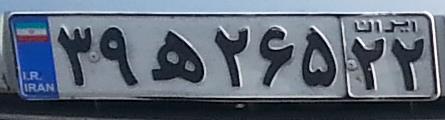
۳۹ه۲۶۵۲۲